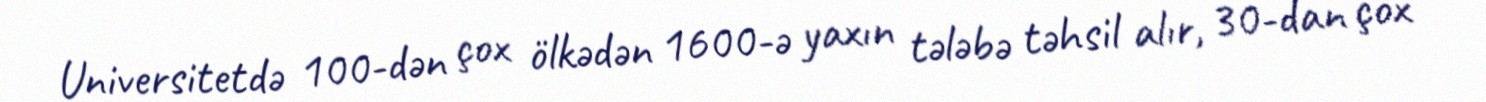
Universitetdə 100-dən çox ölkədən 1600-ə yaxın tələbə təhsil alır, 30-dan çox